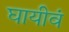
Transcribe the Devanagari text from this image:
घायीवं